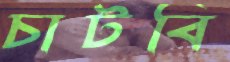
চাটবি